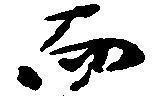
而